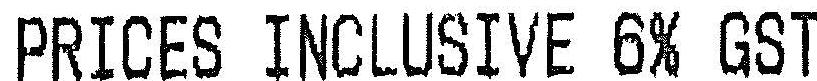
PRICES INCLUSIVE 6% GST